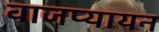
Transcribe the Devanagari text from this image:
वाजप्यायन